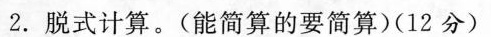
2.脱式计算。(能简算的要简算)(12分)